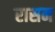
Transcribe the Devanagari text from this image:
रासन